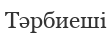
Тәрбиеші